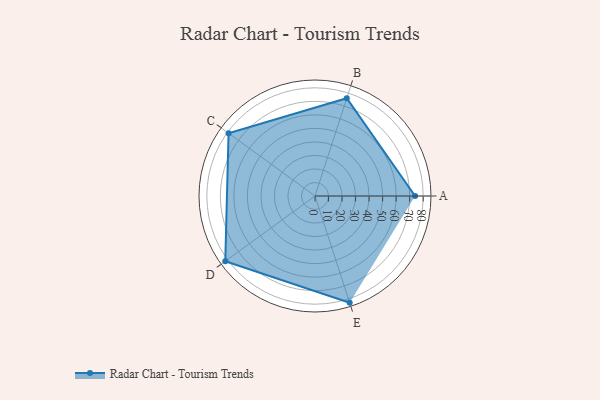
{"axis": {"x": "Skill", "y": "Score"}, "legend": ["Profile"], "data": [{"x": "A", "y": 74.0, "type": "Profile"}, {"x": "B", "y": 76.0, "type": "Profile"}, {"x": "C", "y": 79.0, "type": "Profile"}, {"x": "D", "y": 82.0, "type": "Profile"}, {"x": "E", "y": 83.0, "type": "Profile"}]}